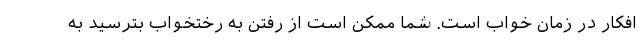
افکار در زمان خواب است. شما ممکن است از رفتن به رختخواب بترسید به